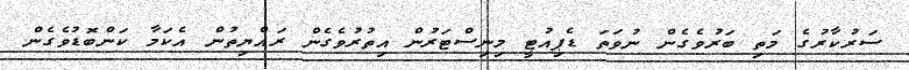
ސަރުކާރުގެ މަތި ބަރުވެގެން ނުވަތަ ޑެޕިއުޓީ މިނިސްޓަރުން އިތުރުވެގެން ރައްޔިތުން އެކަމާ ކަންބޮޑުވެގެން